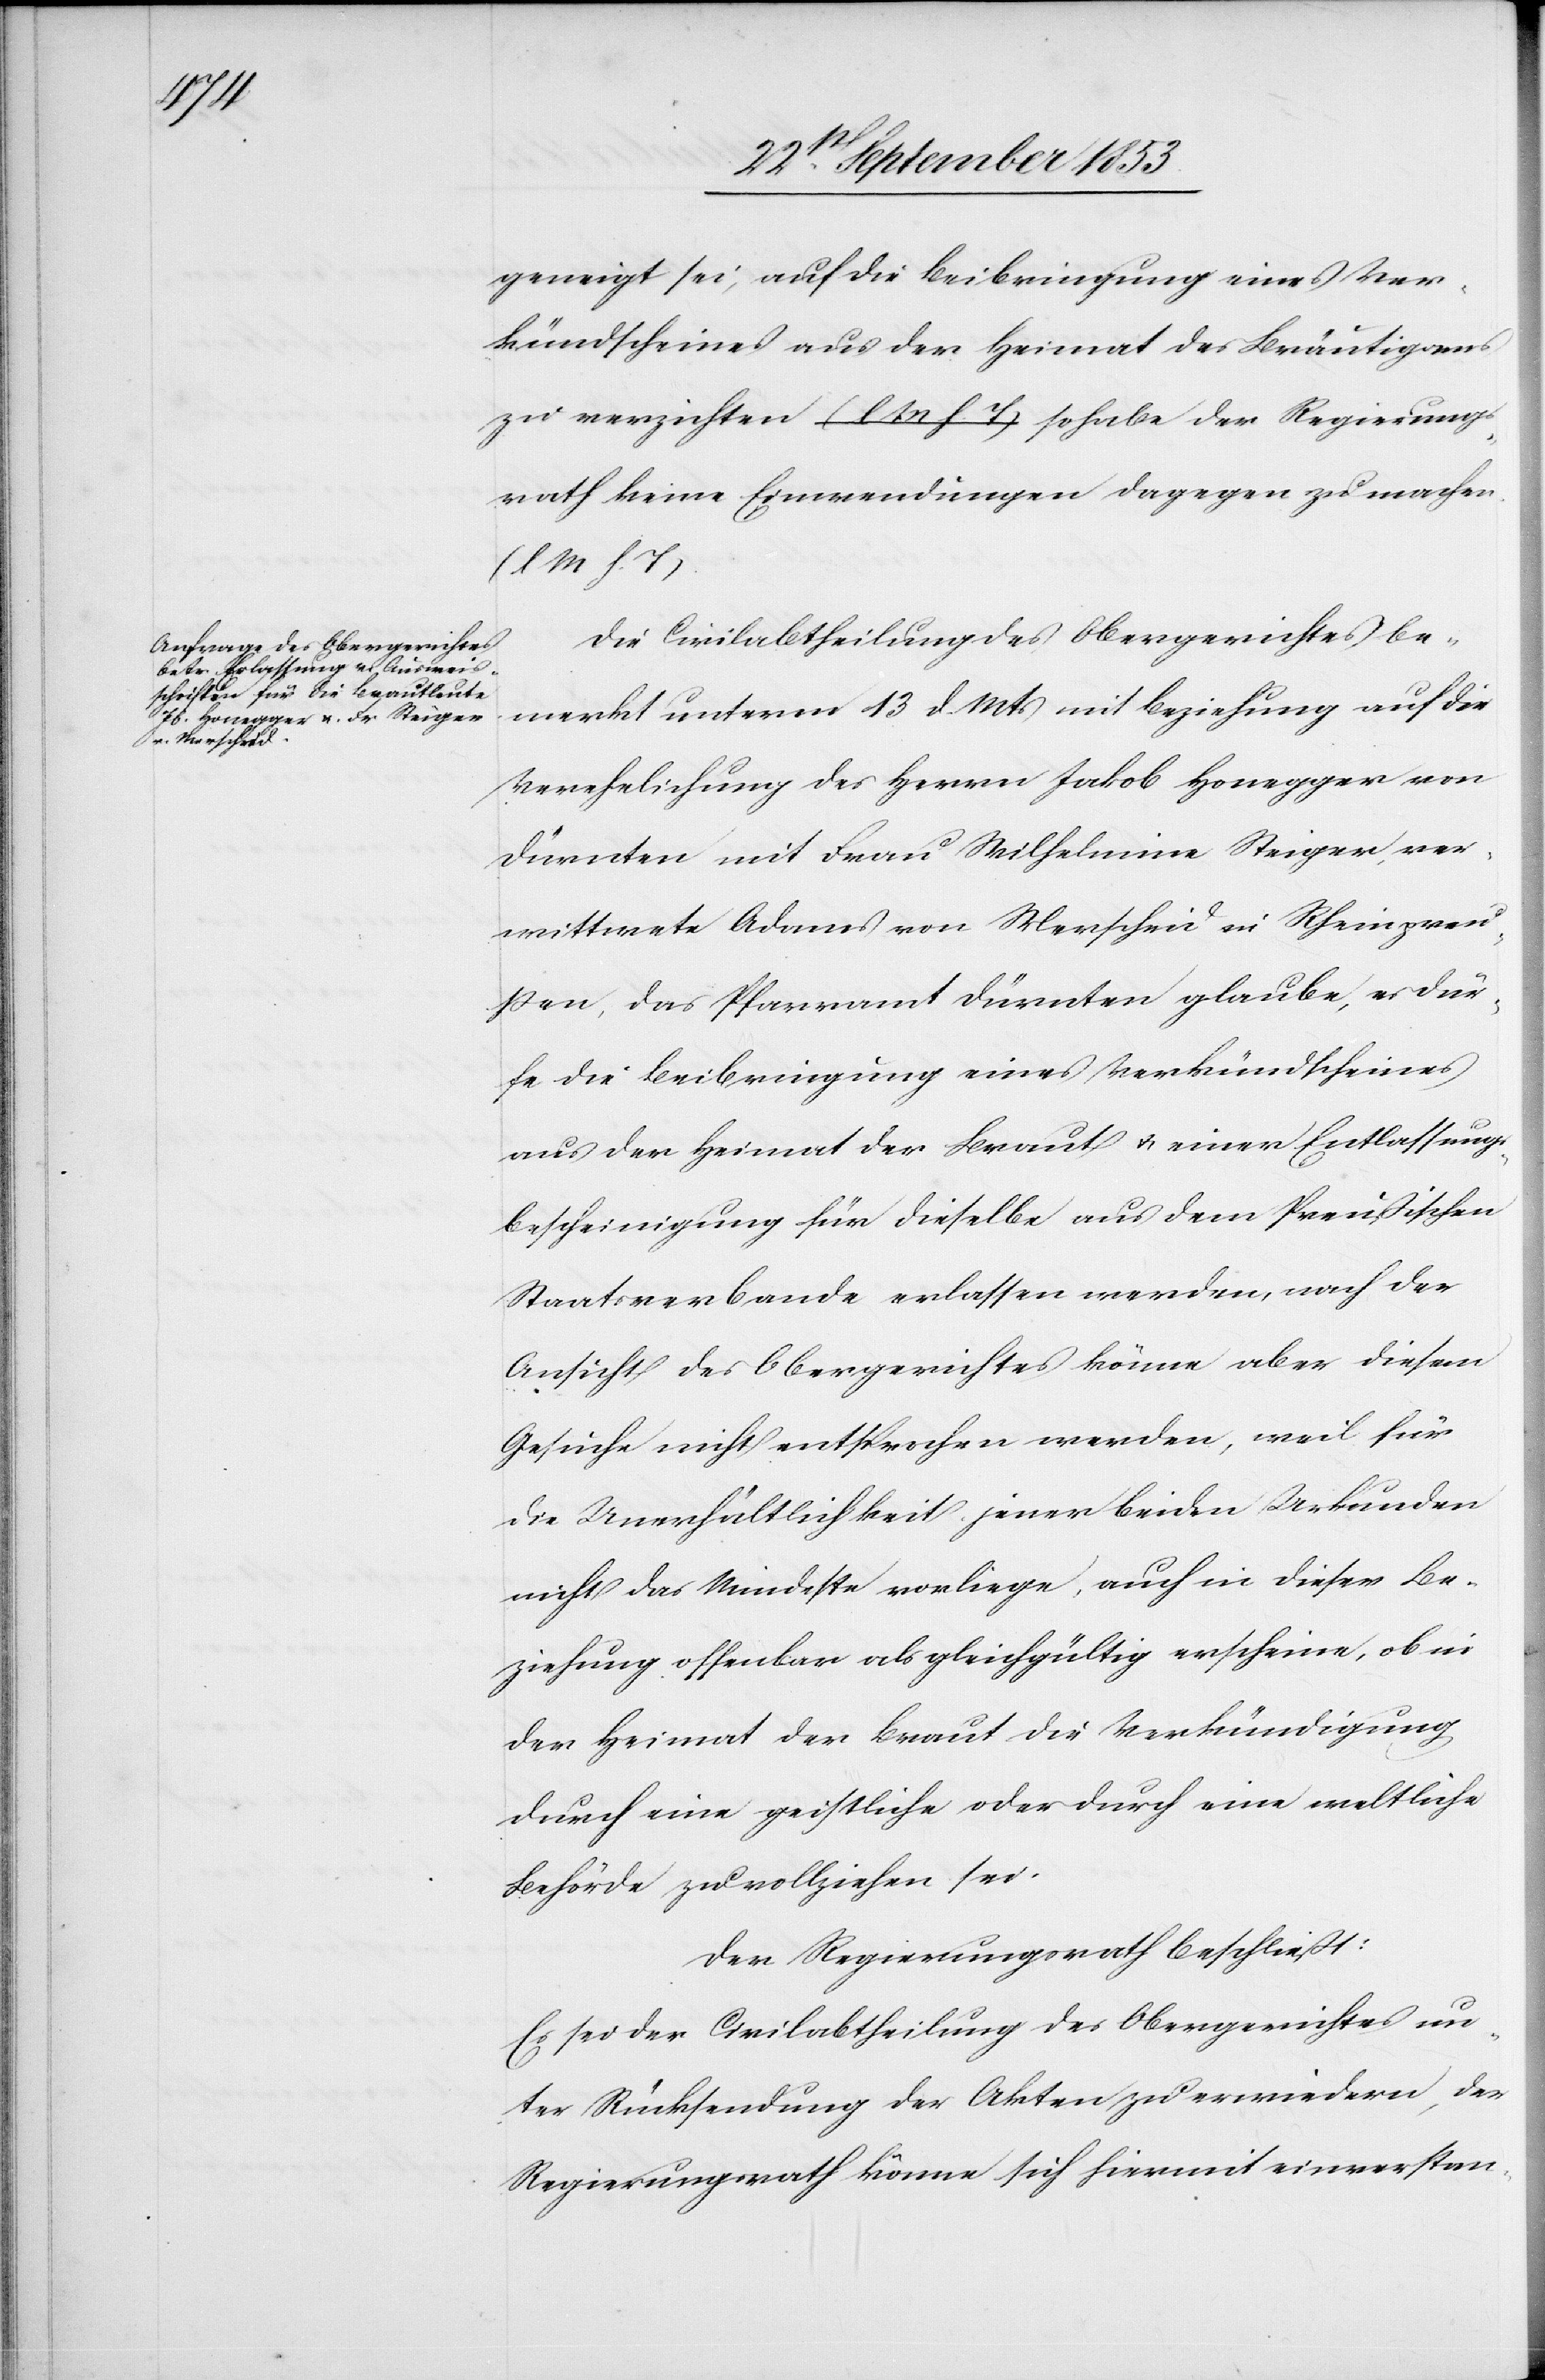
geneigt sei, auf die Beibringung eines Ver¬
kündscheines aus der Heimat des Bräutigams
zu verzichten [l. M. h. T] so habe der Regierungs¬
rath keine Einwendungen dagegen zu machen.
Die Civilabtheilung des Obergerichtes be¬
merkt unterm 13 d. Mts. mit Beziehung auf die
Verehelichung des Herrn Jakob Honegger von
Dürnten mit Frau Wilhelmina Steiger, ver¬
wittwete Adams von Merscheid in Rheinpreu¬
ssen, das Pfarramt Dürnten glaube, es dür¬
fe die Beibringung eines Verkündscheines
aus der Heimat der Braut u. einer Entlassungs¬
bescheinigung für dieselbe aus dem Preußischen
Staatsverbande erlassen werden, nach der
Ansicht des Obergerichtes könne aber diesem
Gesuche nicht entsprochen werden, weil für
die Unerhältlichkeit jener beiden Urkunden
nicht das Mindeste vorliege, auch in dieser Be¬
ziehung offenbar als gleichgültig erscheine, ob in
der Heimat der Braut die Verkündigung
durch eine geistliche oder durch eine weltliche
Behörde zu vollziehen sei.
Der Regierungsrath beschließt:
Es sei der Civilabtheilung des Obergerichtes un¬
ter Rücksendung der Akten zu erwiedern, der
Regierungsrath könne sich hiermit einverstan-